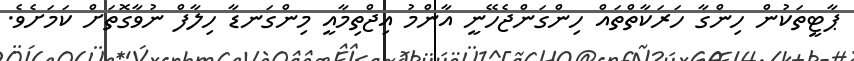
ޕާޓީތަކުން ހިންގާ ހަރަކާތްތައް ހިންގަންޖެހޭނީ އާންމު އިޖްތިމާއީ މިންގަނޑާ ހިލާފް ނުވާގޮތަށް ކަމަށެވެ.